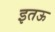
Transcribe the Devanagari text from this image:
इतऊ